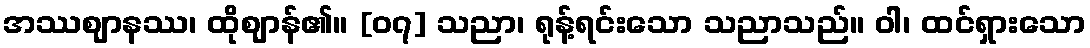
အဿဈာနဿ၊ ထိုဈာန်၏။ [၀၇] သညာ၊ ရုန့်ရင်းသော သညာသည်။ ဝါ၊ ထင်ရှားသော